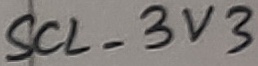
Text: SCL_3V3